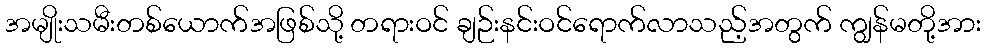
အမျိုးသမီးတစ်ယောက်အဖြစ်သို့ တရားဝင် ချဉ်းနင်းဝင်ရောက်လာသည့်အတွက် ကျွန်မတို့အား